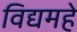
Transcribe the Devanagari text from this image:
विद्यमहे